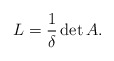
\begin{align*}L=\frac{1}{\delta} \det A.\end{align*}